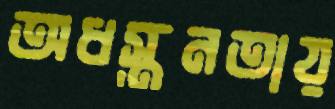
অধস্তনতায়